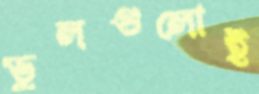
ভুলগুলোই